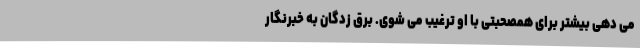
می دهی بیشتر برای همصحبتی با او ترغیب می شوی. برق زدگان به خبرنگار